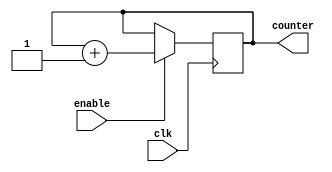
module Ring_Counter_with_Enable (
    input clk,
    input enable,
    output reg [3:0] counter
);

always @(posedge clk) begin
    if (enable) begin
        counter <= counter + 1;
    end
end

endmodule